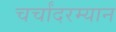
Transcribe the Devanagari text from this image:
चर्चांदरम्यान